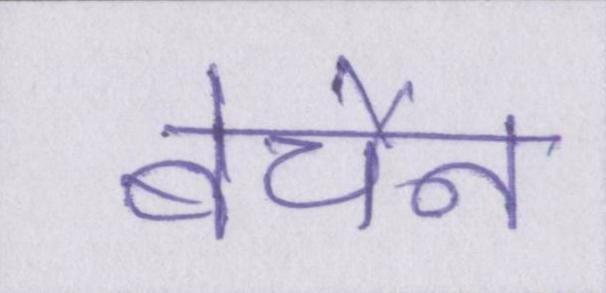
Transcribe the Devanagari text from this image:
बेचैन